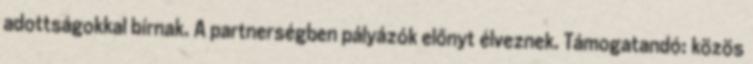
adottságokkal bírnak. A partnerségben pályázók előnyt élveznek. Támogatandó: közös